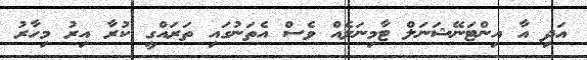
އަދި އާ އިންޓަނޭޝަނަލް ޓާމިނަލެއް ވެސް އެތަނުގައި ތަރައްގީ ކުރާ އިރު މިހާރު